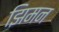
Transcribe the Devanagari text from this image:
झिमन